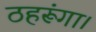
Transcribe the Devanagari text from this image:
ठहरूंगा।